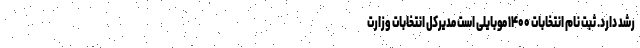
رشد دارد. ثبت نام انتخابات ۱۴۰۰ موبایلی است مدیرکل انتخابات وزارت